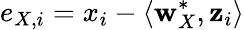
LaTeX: e_{X,i}=x_{i}-\langle\mathbf{w}_{X}^{*},\mathbf{z}_{i}\rangle